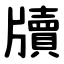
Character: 牘